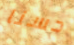
حسنا